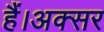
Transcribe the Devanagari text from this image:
हैं।अक्सर